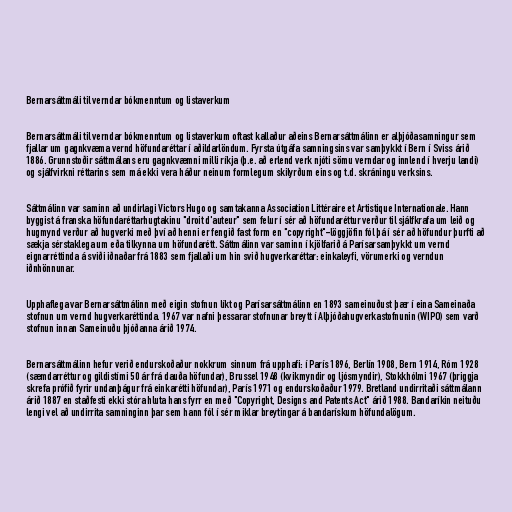
Bernarsáttmáli til verndar bókmenntum og listaverkum

Bernarsáttmáli til verndar bókmenntum og listaverkum oftast kallaður aðeins Bernarsáttmálinn er alþjóðasamningur sem
fjallar um gagnkvæma vernd höfundaréttar í aðildarlöndum. Fyrsta útgáfa samningsins var samþykkt í Bern í Sviss árið
1886. Grunnstoðir sáttmálans eru gagnkvæmni milli ríkja (þ.e. að erlend verk njóti sömu verndar og innlend í hverju landi)
og sjálfvirkni réttarins sem má ekki vera háður neinum formlegum skilyrðum eins og t.d. skráningu verksins.

Sáttmálinn var saminn að undirlagi Victors Hugo og samtakanna Association Littéraire et Artistique Internationale. Hann
byggist á franska höfundaréttarhugtakinu "droit d'auteur" sem felur í sér að höfundaréttur verður til sjálfkrafa um leið og
hugmynd verður að hugverki með því að henni er fengið fast form en "copyright"-löggjöfin fól þá í sér að höfundur þurfti að
sækja sérstaklega um eða tilkynna um höfundarétt. Sáttmálinn var saminn í kjölfarið á Parísarsamþykkt um vernd
eignarréttinda á sviði iðnaðar frá 1883 sem fjallaði um hin svið hugverkaréttar: einkaleyfi, vörumerki og verndun
iðnhönnunar.

Upphaflega var Bernarsáttmálinn með eigin stofnun líkt og Parísarsáttmálinn en 1893 sameinuðust þær í eina Sameinaða
stofnun um vernd hugverkaréttinda. 1967 var nafni þessarar stofnunar breytt í Alþjóðahugverkastofnunin (WIPO) sem varð
stofnun innan Sameinuðu þjóðanna árið 1974.

Bernarsáttmálinn hefur verið endurskoðaður nokkrum sinnum frá upphafi: í París 1896, Berlín 1908, Bern 1914, Róm 1928
(sæmdarréttur og gildistími 50 ár frá dauða höfundar), Brussel 1948 (kvikmyndir og ljósmyndir), Stokkhólmi 1967 (þriggja
skrefa prófið fyrir undanþágur frá einkarétti höfundar), París 1971 og endurskoðaður 1979. Bretland undirritaði sáttmálann
árið 1887 en staðfesti ekki stóra hluta hans fyrr en með "Copyright, Designs and Patents Act" árið 1988. Bandaríkin neituðu
lengi vel að undirrita samninginn þar sem hann fól í sér miklar breytingar á bandarískum höfundalögum.